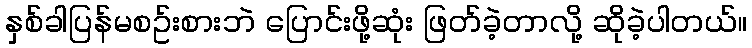
နှစ်ခါပြန်မစဥ်းစားဘဲ ပြောင်းဖို့ဆုံး ဖြတ်ခဲ့တာလို့ ဆိုခဲ့ပါတယ်။